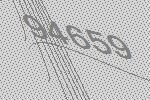
94659